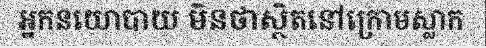
អ្នកនយោបាយ មិនថាស្ថិតនៅក្រោមស្លាក